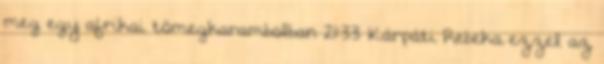
meg egy afrikai tömegkarambolban 21:33 Kárpáti Rebeka ezzel az